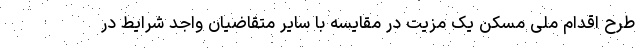
طرح اقدام ملی مسکن یک مزیت در مقایسه با سایر متقاضیان واجد شرایط در